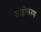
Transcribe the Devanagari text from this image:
जोड़ीकरण